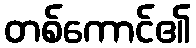
တစ်ကောင်၏